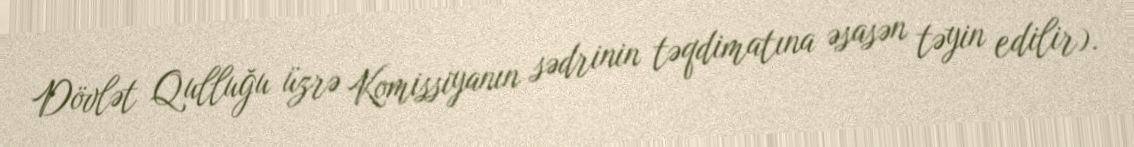
Dövlət Qulluğu üzrə Komissiyanın sədrinin təqdimatına əsasən təyin edilir).